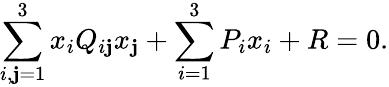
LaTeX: \sum_{i,\mathbf{j}=1}^{3}x_{i}Q_{i\mathbf{j}}x_{\mathbf{j}}+\sum_{i=1}^{3}P_{i}x_{i}+R=0.